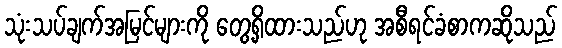
သုံးသပ်ချက်အမြင်များကို တွေ့ရှိထားသည်ဟု အစီရင်ခံစာကဆိုသည်